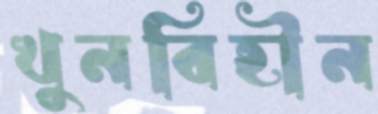
খুনবিহীন